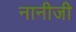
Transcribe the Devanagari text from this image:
नानीजी